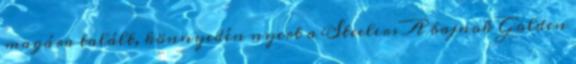
magára talált, könnyedén nyert a Steelers A bajnok Golden